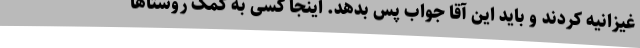
غیزانیه کردند و باید این آقا جواب پس بدهد. اینجا کسی به کمک روستاها